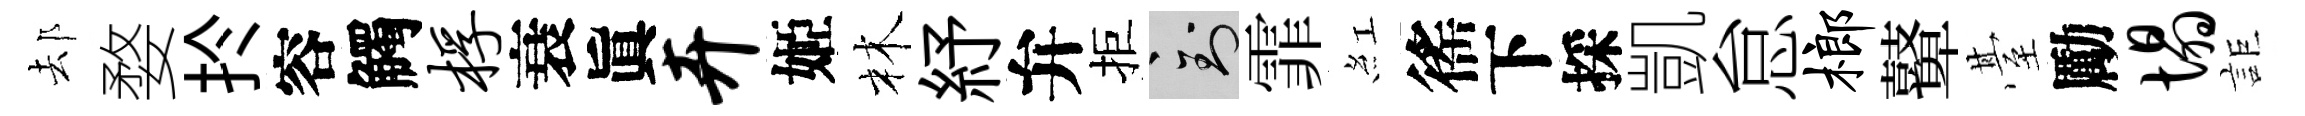
𨚫婺扵容觸桴衰眞卉姬林紓弁拒到霏紅徭下採凱怠榔鼙䑓勵塌詎